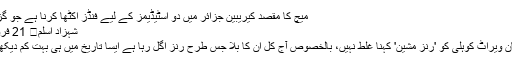
میچ کا مقصد کیریبین جزائر میں دو اسٹیڈیمز کے لیے فنڈز اکٹھا کرنا ہے جو گزشتہ سال دو…
شہزاد اسلم	 21 فروری 2018 0
بھارت کے کپتان ویراٹ کوہلی کو 'رنز مشین' کہنا غلط نہیں، بالخصوص آج کل ان کا بلّا جس طرح رنز اگل رہا ہے ایسا تاریخ میں ہی بہت کم دیکھنے کو ملا ہے۔